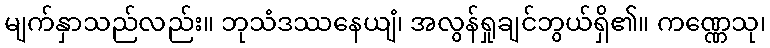
မျက်နှာသည်လည်း။ ဘုသံဒဿနေယျံ၊ အလွန်ရှုချင်ဘွယ်ရှိ၏။ ကဏ္ဏေသု၊